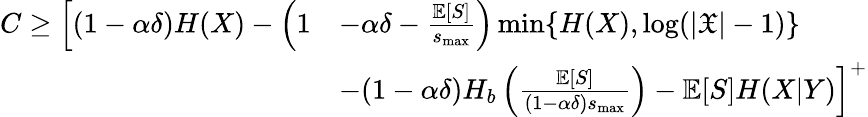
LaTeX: \begin{array}{rl}{C\ge\Big[(1-\alpha\delta)H(X)-\Big(1}&{-\alpha\delta-\frac{\mathbb{E}[S]}{s_{\operatorname*{max}}}\Big)\operatorname*{min}\{ H(X),\log(|\mathfrak{X}|-1)\} }\\ &{-(1-\alpha\delta)H_{b}\left(\frac{\mathbb{E}[S]}{(1-\alpha\delta)s_{\operatorname*{max}}}\right)-\mathbb{E}[S]H(X|Y)\Big]^{+}}\end{array}